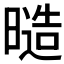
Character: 𭧙